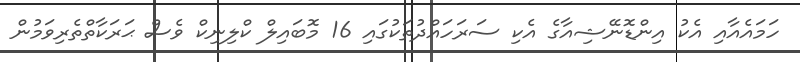
ހަމައެއާއި އެކު އިންޑޮނޭޝިއާގެ އެކި ސަރަހައްދުތަކުގައި 16 މޮބައިލް ކްލިނިކް ވެސް ޙަރަކާތްތެރިވަމުން